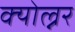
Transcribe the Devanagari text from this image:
क्योल्नर